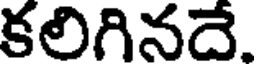
కలిగినదే.